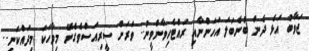
ޖަވާބު އަޅެ ދެން ބުނެބަލަ އަހަންނާއި ރައްޓެހިވާންވީނު.. ވަރަށް ސީރިއަސްވެގެނޭ މިވާހަކަ މިދައްކަނީ..